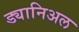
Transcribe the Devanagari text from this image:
ड्यानिअल